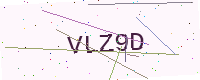
Text: VLZ9D